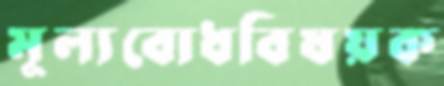
মূল্যবোধবিষয়ক